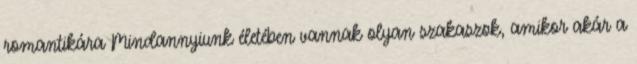
romantikára Mindannyiunk életében vannak olyan szakaszok, amikor akár a